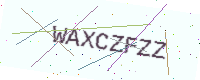
Text: WAXCZFZZ